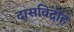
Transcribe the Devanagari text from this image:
दासविद्रोह